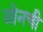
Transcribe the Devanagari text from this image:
जोनची